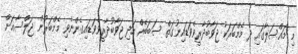
މި މައްސަލާގައި ދެ މެމްބަރަކު ޖަވާބުދާރީވެވަޑައިނުގަތް ސަބަބެއް އަދި ޖަވާބުދާރީވެވަޑައިގެންނެވި މެމްބަރުން ޖަލްސާއަށް